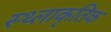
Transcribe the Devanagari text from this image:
स्थ्लाकृतिक